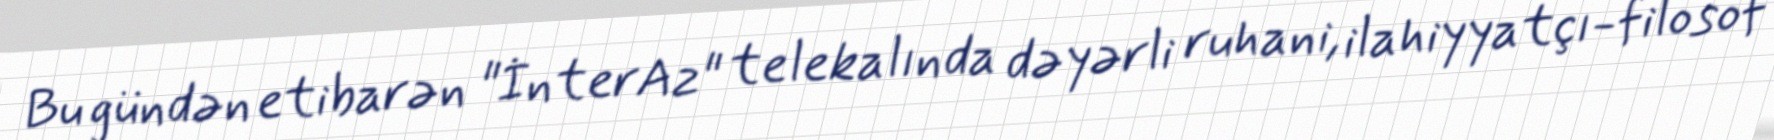
Bu gündən etibarən "İnterAz" telekalında dəyərli ruhani, ilahiyyatçı-filosof